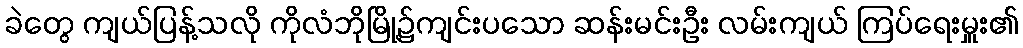
ခဲတွေ ကျယ်ပြန့်သလို ကိုလံဘိုမြို့၌ကျင်းပသော ဆန်းမင်းဦး လမ်းကျယ် ကြပ်ရေးမှူး၏